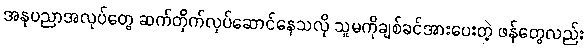
အနုပညာအလုပ်တွေ ဆက်တိုက်လုပ်ဆောင်နေသလို သူမကိုချစ်ခင်အားပေးတဲ့ ဖန်တွေလည်း